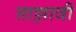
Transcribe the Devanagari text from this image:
ताझावी